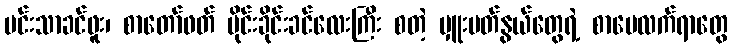
ပင်းသာခင်ဖူး၊ စာတော်ဖတ် မိုင်းခိုင်းခင်လေးကြီး စတဲ့ မှူးမတ်နွယ်တွေရဲ့ စာပေလက်ရာတွေ